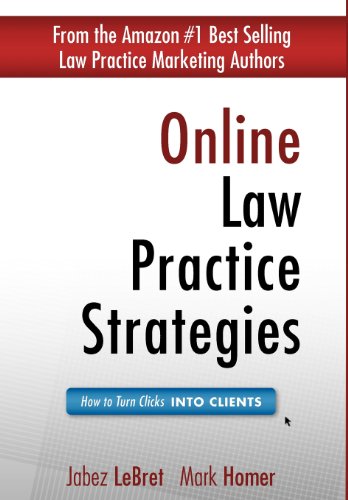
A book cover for Online Law Practice Strategies: How to Turn Clicks Into Clients; Mark Homer; Law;